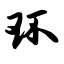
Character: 环